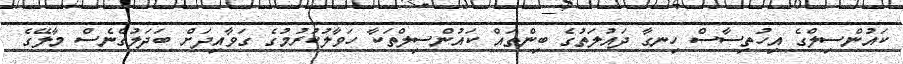
ކައުންސިލްގެ އިހުތިސާސް ހިނގާ ދައުލަތުގެ ބިންތައް ކައުންސިލްތަކާ ހަވާލުކުރުމުގެ ގަވާއިދަށް ބަދަލުގެނެސް މާލޭގެ